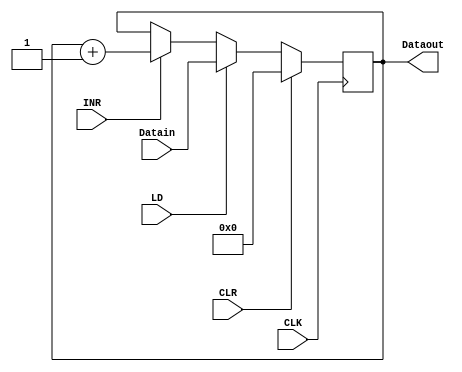
module register12(
Datain,			// 12 bit data inputs
CLK,			// 1 clock input
LD,				// 1 load input
INR,			// 1 increment input
CLR,			// 1 clear input
Dataout			// 12 bit outputs
);

/* ............ Input ports ............ */
input [11:0] Datain;
input CLK;
input LD;
input INR;
input CLR;

/* ............ Output ports ............ */
output [11:0] Dataout;

/* ............ Input Ports Data Type ............ */
wire [11:0] Datain;
wire CLK;
wire LD;
wire INR;
wire CLR;

/* ............ Output Ports Data Type ............ */
reg [11:0] Dataout;

/* ............ Code starts here ............ */
always @(posedge CLK)
begin
	if (CLR == 1'b1) begin
	Dataout <= 12'h000;
	end

	else if (LD == 1'b1) begin
	Dataout <= Datain;
	end

	else if (INR == 1'b1) begin
	Dataout <= Dataout+1;
	end

	else begin
	Dataout <= Dataout;
	end
	
end
endmodule